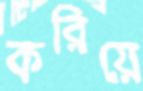
করিয়ে